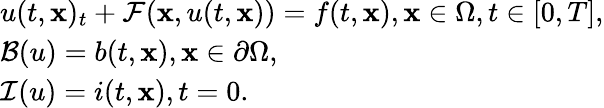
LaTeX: \begin{array}{l}{u{(t,{\mathbf{x}})_{t}}+{\cal F}({\mathbf{x}},u(t,{\mathbf{x}}))=f(t,{\mathbf{x}}),\mathrm{{}}{\mathbf{x}}\in\Omega,t\in[0,T],}\\ {{\cal B}(u)=b(t,{\mathbf{x}}),\mathrm{{}}{\mathbf{x}}\in\partial\Omega,}\\ {{\cal I}(u)=i(t,{\mathbf{x}}),\mathrm{{}}t=0.}\end{array}